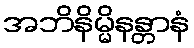
အဘိနိမ္မိနန္တာနံ